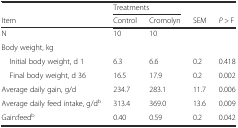
|  | <COLSPAN=2> Treatments |  |  |
 | Item | Control | Cromolyn | SEM | P > F |
 | --- | --- | --- | --- | --- |
 | N | 10 | 10 |  |  |
 | Body weight, kg |  |  |  |  |
 | Initial body weight, d 1 | 6.3 | 6.6 | 0.2 | 0.418 |
 | Final body weight, d 36 | 16.5 | 17.9 | 0.2 | 0.002 |
 | Average daily gain, g/d | 234.7 | 283.1 | 11.7 | 0.006 |
 | Average daily feed intake, g/db | 313.4 | 369.0 | 13.6 | 0.009 |
 | Gain:feedb | 0.40 | 0.59 | 0.2 | 0.042 |